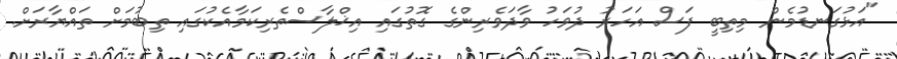
"އަޅުގަނޑުމެން މިތިބީ ފަސް އަހަރު ދުވަހު ވާދަވެރިންގެ ގޮތުގައި އިޚްލާސްތެރިކަމާއެކުގައި ތިބުމަށް ތައްޔާރަށް.